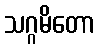
သဂ္ဂမိတော